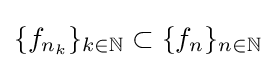
\{f_{n_{k}}\}_{k\in \mathbb {N} }\subset \{f_{n}\}_{n\in \mathbb {N} }